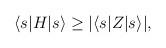
LaTeX: \begin{align*}\langle s | H | s \rangle \geq | \langle s | Z | s \rangle |,\end{align*}